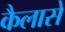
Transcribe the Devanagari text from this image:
कैलासे